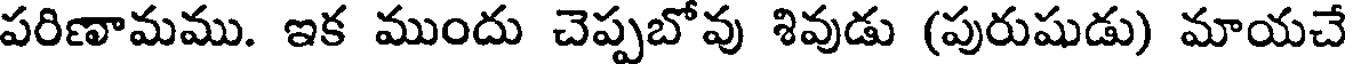
పరిణామము. ఇక ముందు చెప్పబోవు శివుడు (పురుషుడు) మాయచే